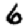
Digit: 6